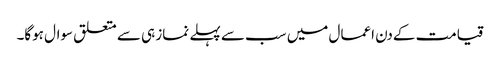
قیامت کےدن اعمال میں سب سے پہلے نماز ہی سے متعلق سوال ہوگا۔